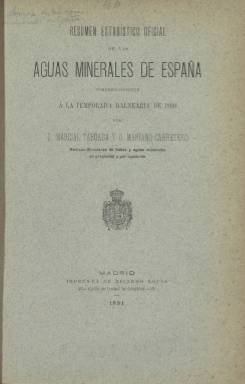
Título: Resumen estadístico oficial de las aguas minerales de España
Colección: Anuarios e informes || Salud e higiene
Ámbito geográfico: Madrid
Lugar de publicación: Madrid
Fechas: 01/01/1890-31/12/1899